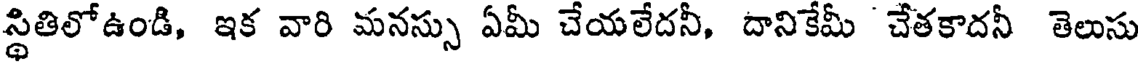
స్థితిలోఉండి, ఇక వారి మనస్సు ఏమీ చేయలేదనీ, దానికేమీ చేతకాదనీ తెలుసు